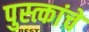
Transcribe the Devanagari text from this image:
पुस्त्कांचे